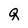
Character: q